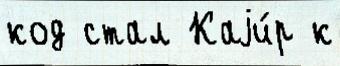
код стал Каjи́р к